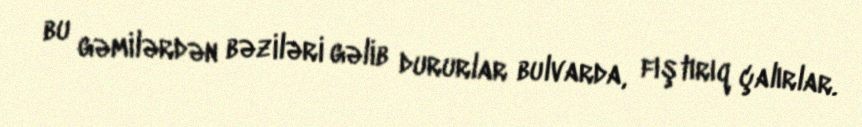
bu gəmilərdən bəziləri gəlib dururlar bulvarda, fıştırıq çalırlar.